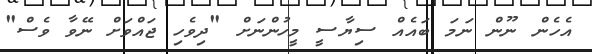
އެހެން ނޫން ނަމަ ބައެއް ސިޔާސީ މީހުންނަށް "ދިވެހި ޖައްވަށް ނޭވާ ވެސް"